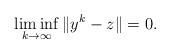
LaTeX: \begin{align*} \liminf_{k\to\infty}\|y^{k}-z\|=0.\end{align*}